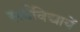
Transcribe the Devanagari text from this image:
सर्वविद्यायें